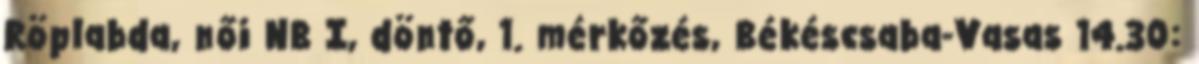
Röplabda, női NB I, döntő, 1. mérkőzés, Békéscsaba-Vasas 14.30: